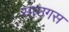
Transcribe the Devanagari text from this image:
साउगस